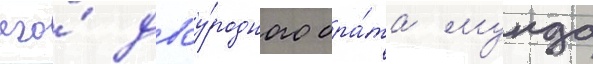
его́ двоу́родного бра́та мунда